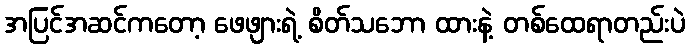
အပြင်အဆင်ကတော့ ဖေဖျားရဲ့ စိတ်သဘော ထားနဲ့ တစ်ထေရာတည်းပဲ